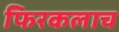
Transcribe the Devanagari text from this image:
फिरकलाच